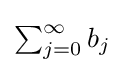
{\textstyle \sum _{j=0}^{\infty }b_{j}}